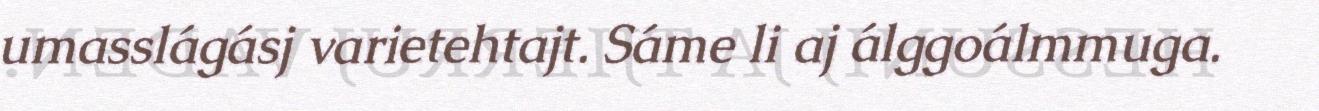
umasslágásj varietehtajt. Sáme li aj álggoálmmuga.